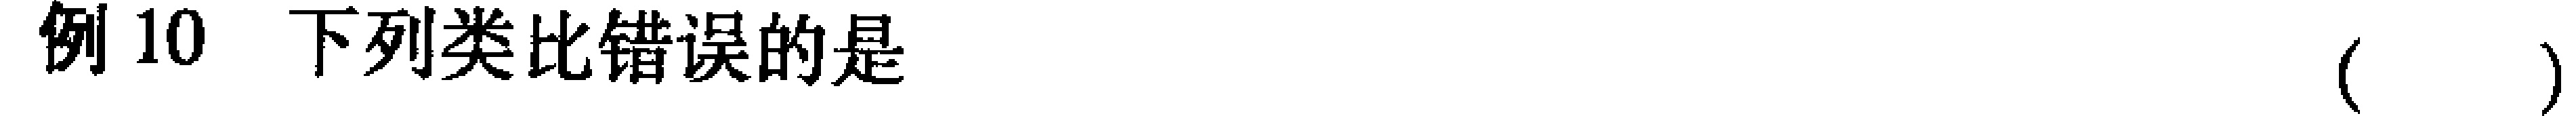
例10 下列类比错误的是 （  ）